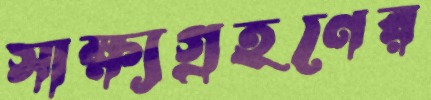
সাক্ষ্যগ্রহণের